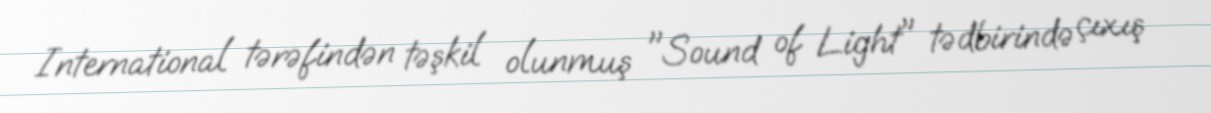
International tərəfindən təşkil olunmuş "Sound of Light" tədbirində çıxış